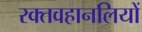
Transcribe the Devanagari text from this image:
रक्तवहानलियों